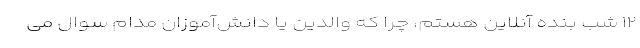
۱۲ شب بنده آنلاین هستم، چرا که والدین یا دانش‌آموزان مدام سوال می